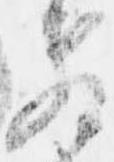
教